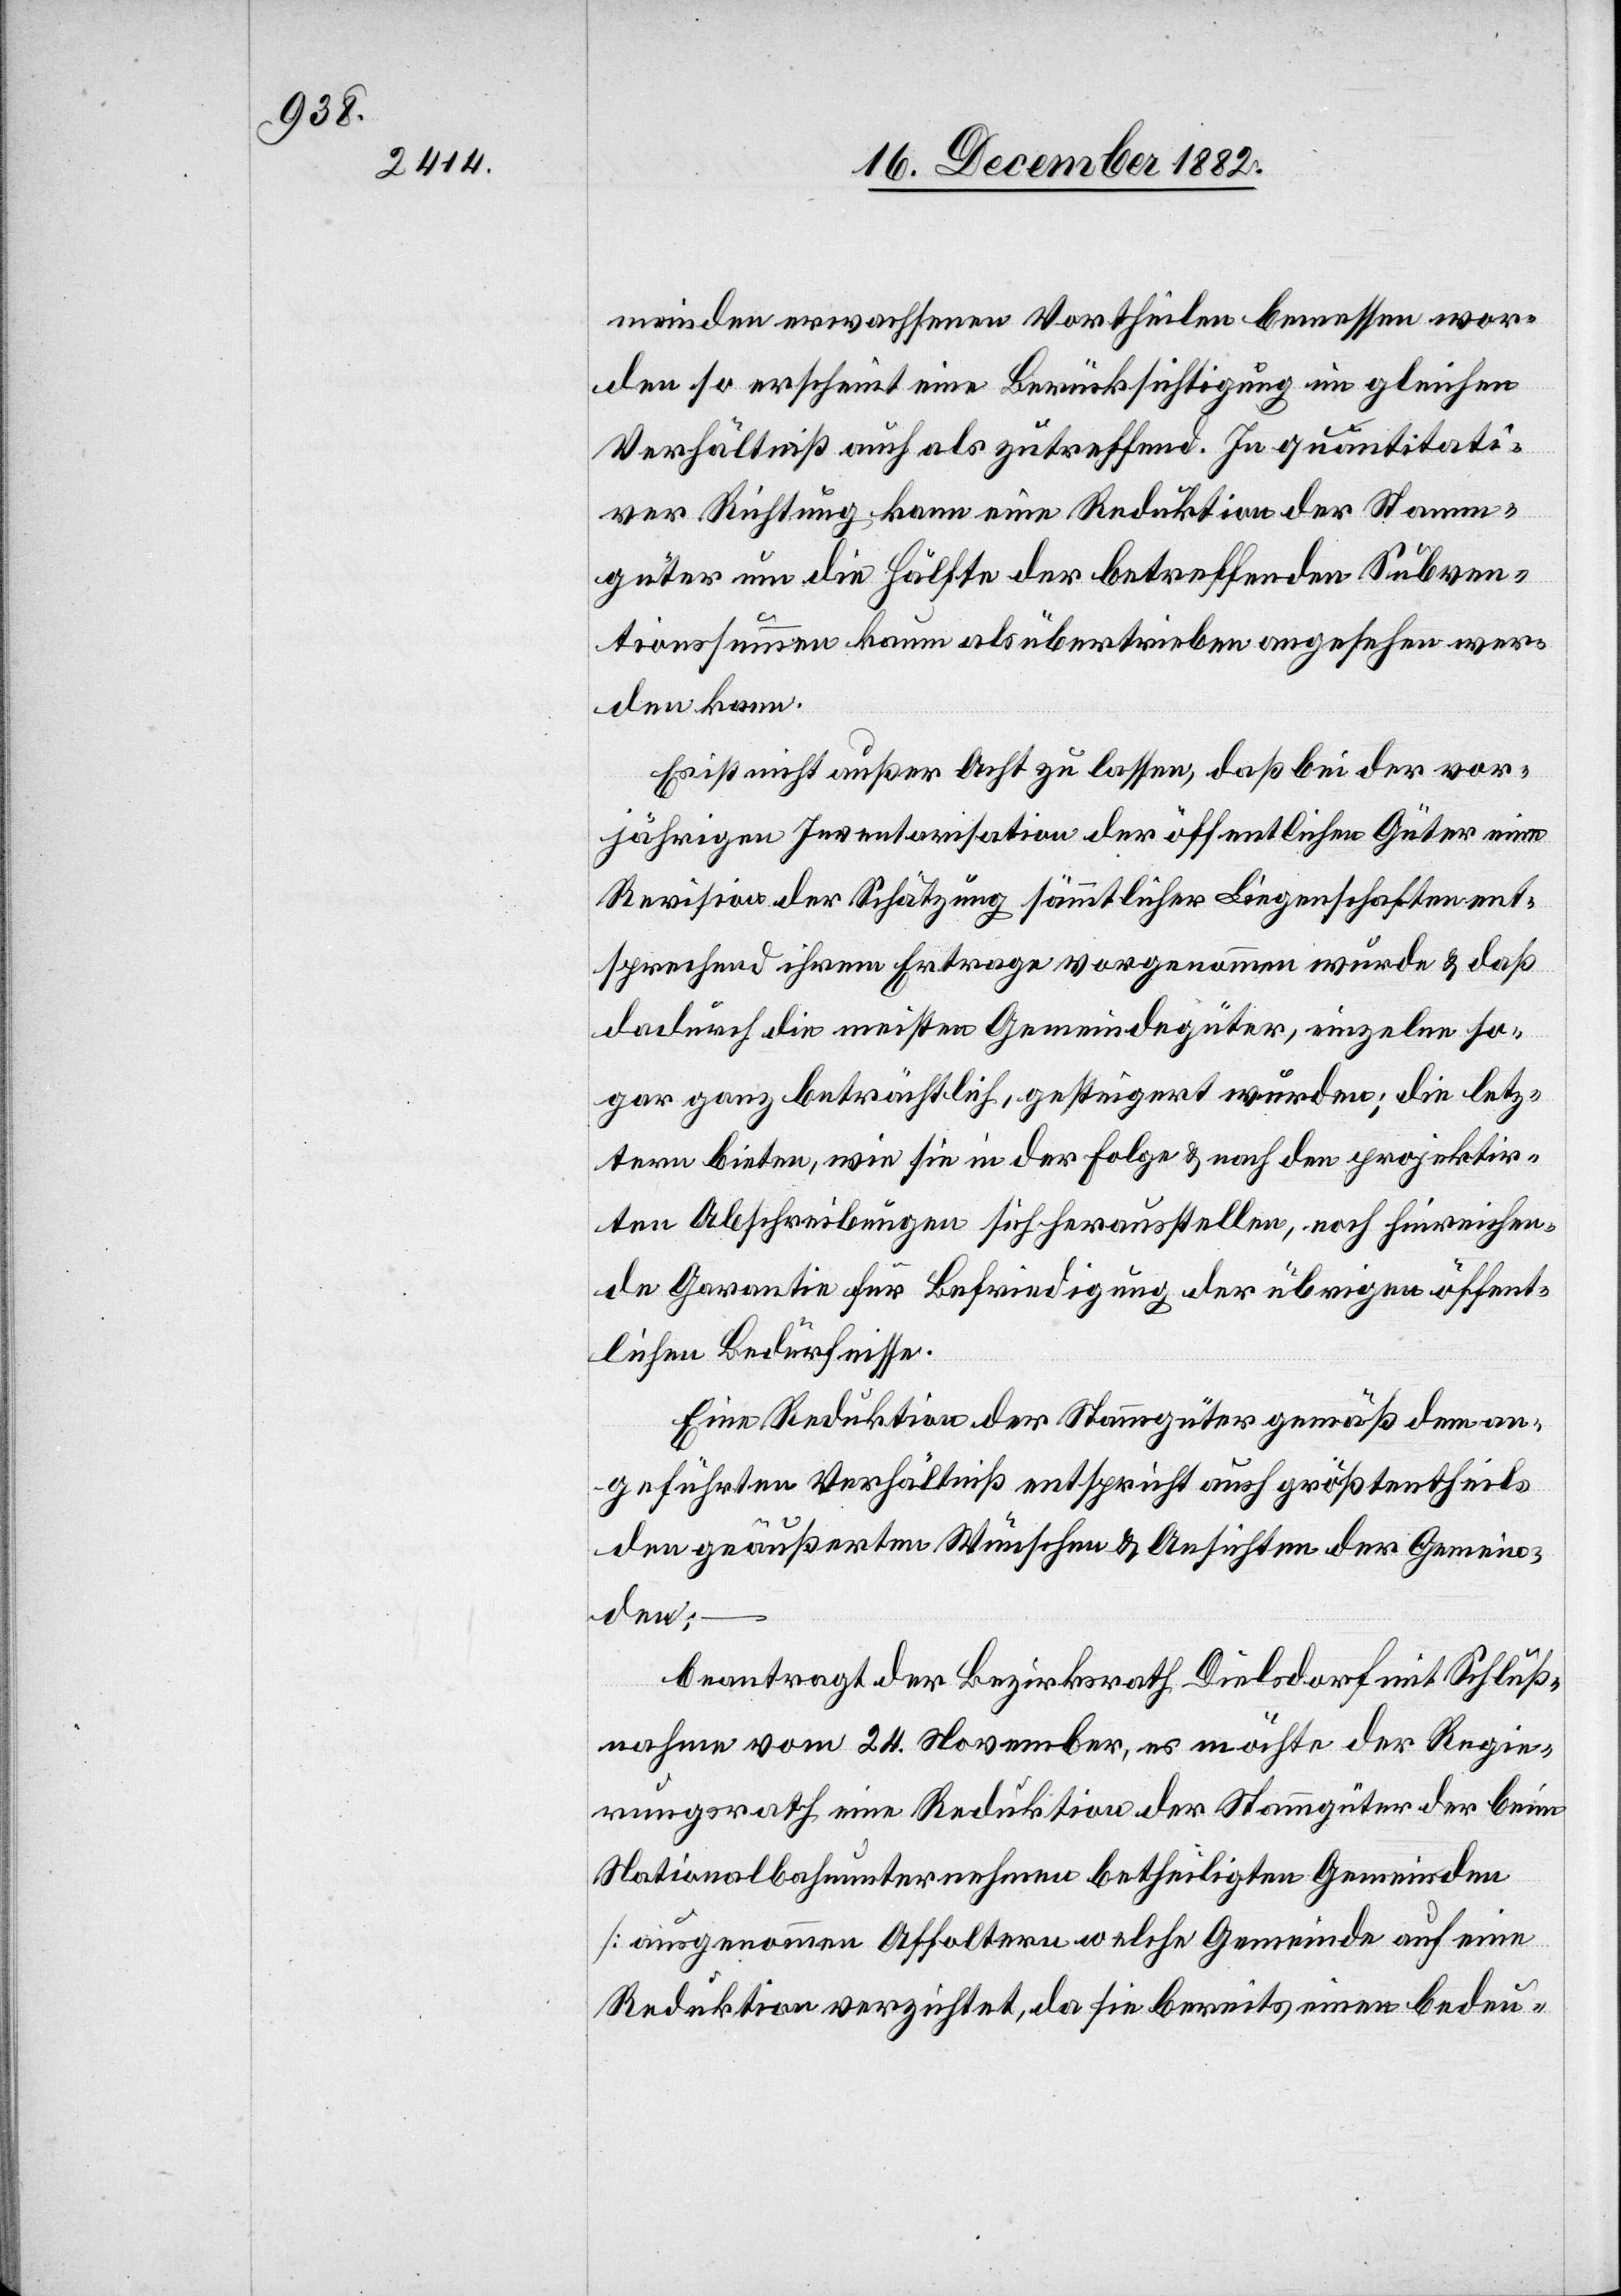
meinden erwachsenen Vortheilen bemessen wor¬
den so erscheint eine Berücksichtigung im gleichen
Verhältniß auch als zutreffend. In quantitati¬
ver Richtung kann eine Reduktion der Stamm¬
güter um die Hälfte der betreffenden Subven¬
tionssummen kaum als übertrieben angesehen wer¬
den kann
Es ist nicht außer Acht zu lassen, daß bei der vor¬
jährigen Inventarisation der öffentlichen Güter eine
Revision der Schätzung sämmtlicher Liegenschaften ent¬
sprechend ihrem Ertrage vorgenommen wurde & daß
dadurch die meisten Gemeindegüter, einzeln so¬
gar ganz beträchtlich, gesteigert wurden; die letz¬
tern bieten, wie sie in der Folge & nach den projektir¬
ten Abschreibungen sich herausstellen, noch hinreichen¬
de Garantie für Befriedigung der übrigen öffent¬
lichen Bedürfnisse.
Eine Reduktion der Stammgüter gemäß dem an¬
geführten Verhältniß entspricht auch größtentheils
den geäußerten Wünschen & Ansichten der Gemein¬
den;
beantragt der Bezirksrath Dielsdorf mit Schluß¬
nahme vom 24. November, es möchte der Regie¬
rungsrath eine Reduktion der Stammgüter der beim
Nationalbahnunternehmen betheiligten Gemeinden
[ausgenommen Affoltern welche Gemeinde auf eine
Reduktion verzichtet, da sie bereits einen bedeu-